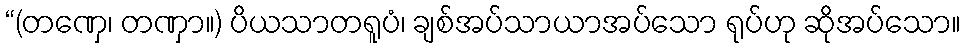
“(တဏှေ၊ တဏှာ။) ပိယသာတရူပံ၊ ချစ်အပ်သာယာအပ်သော ရုပ်ဟု ဆိုအပ်သော။